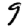
Digit: 9